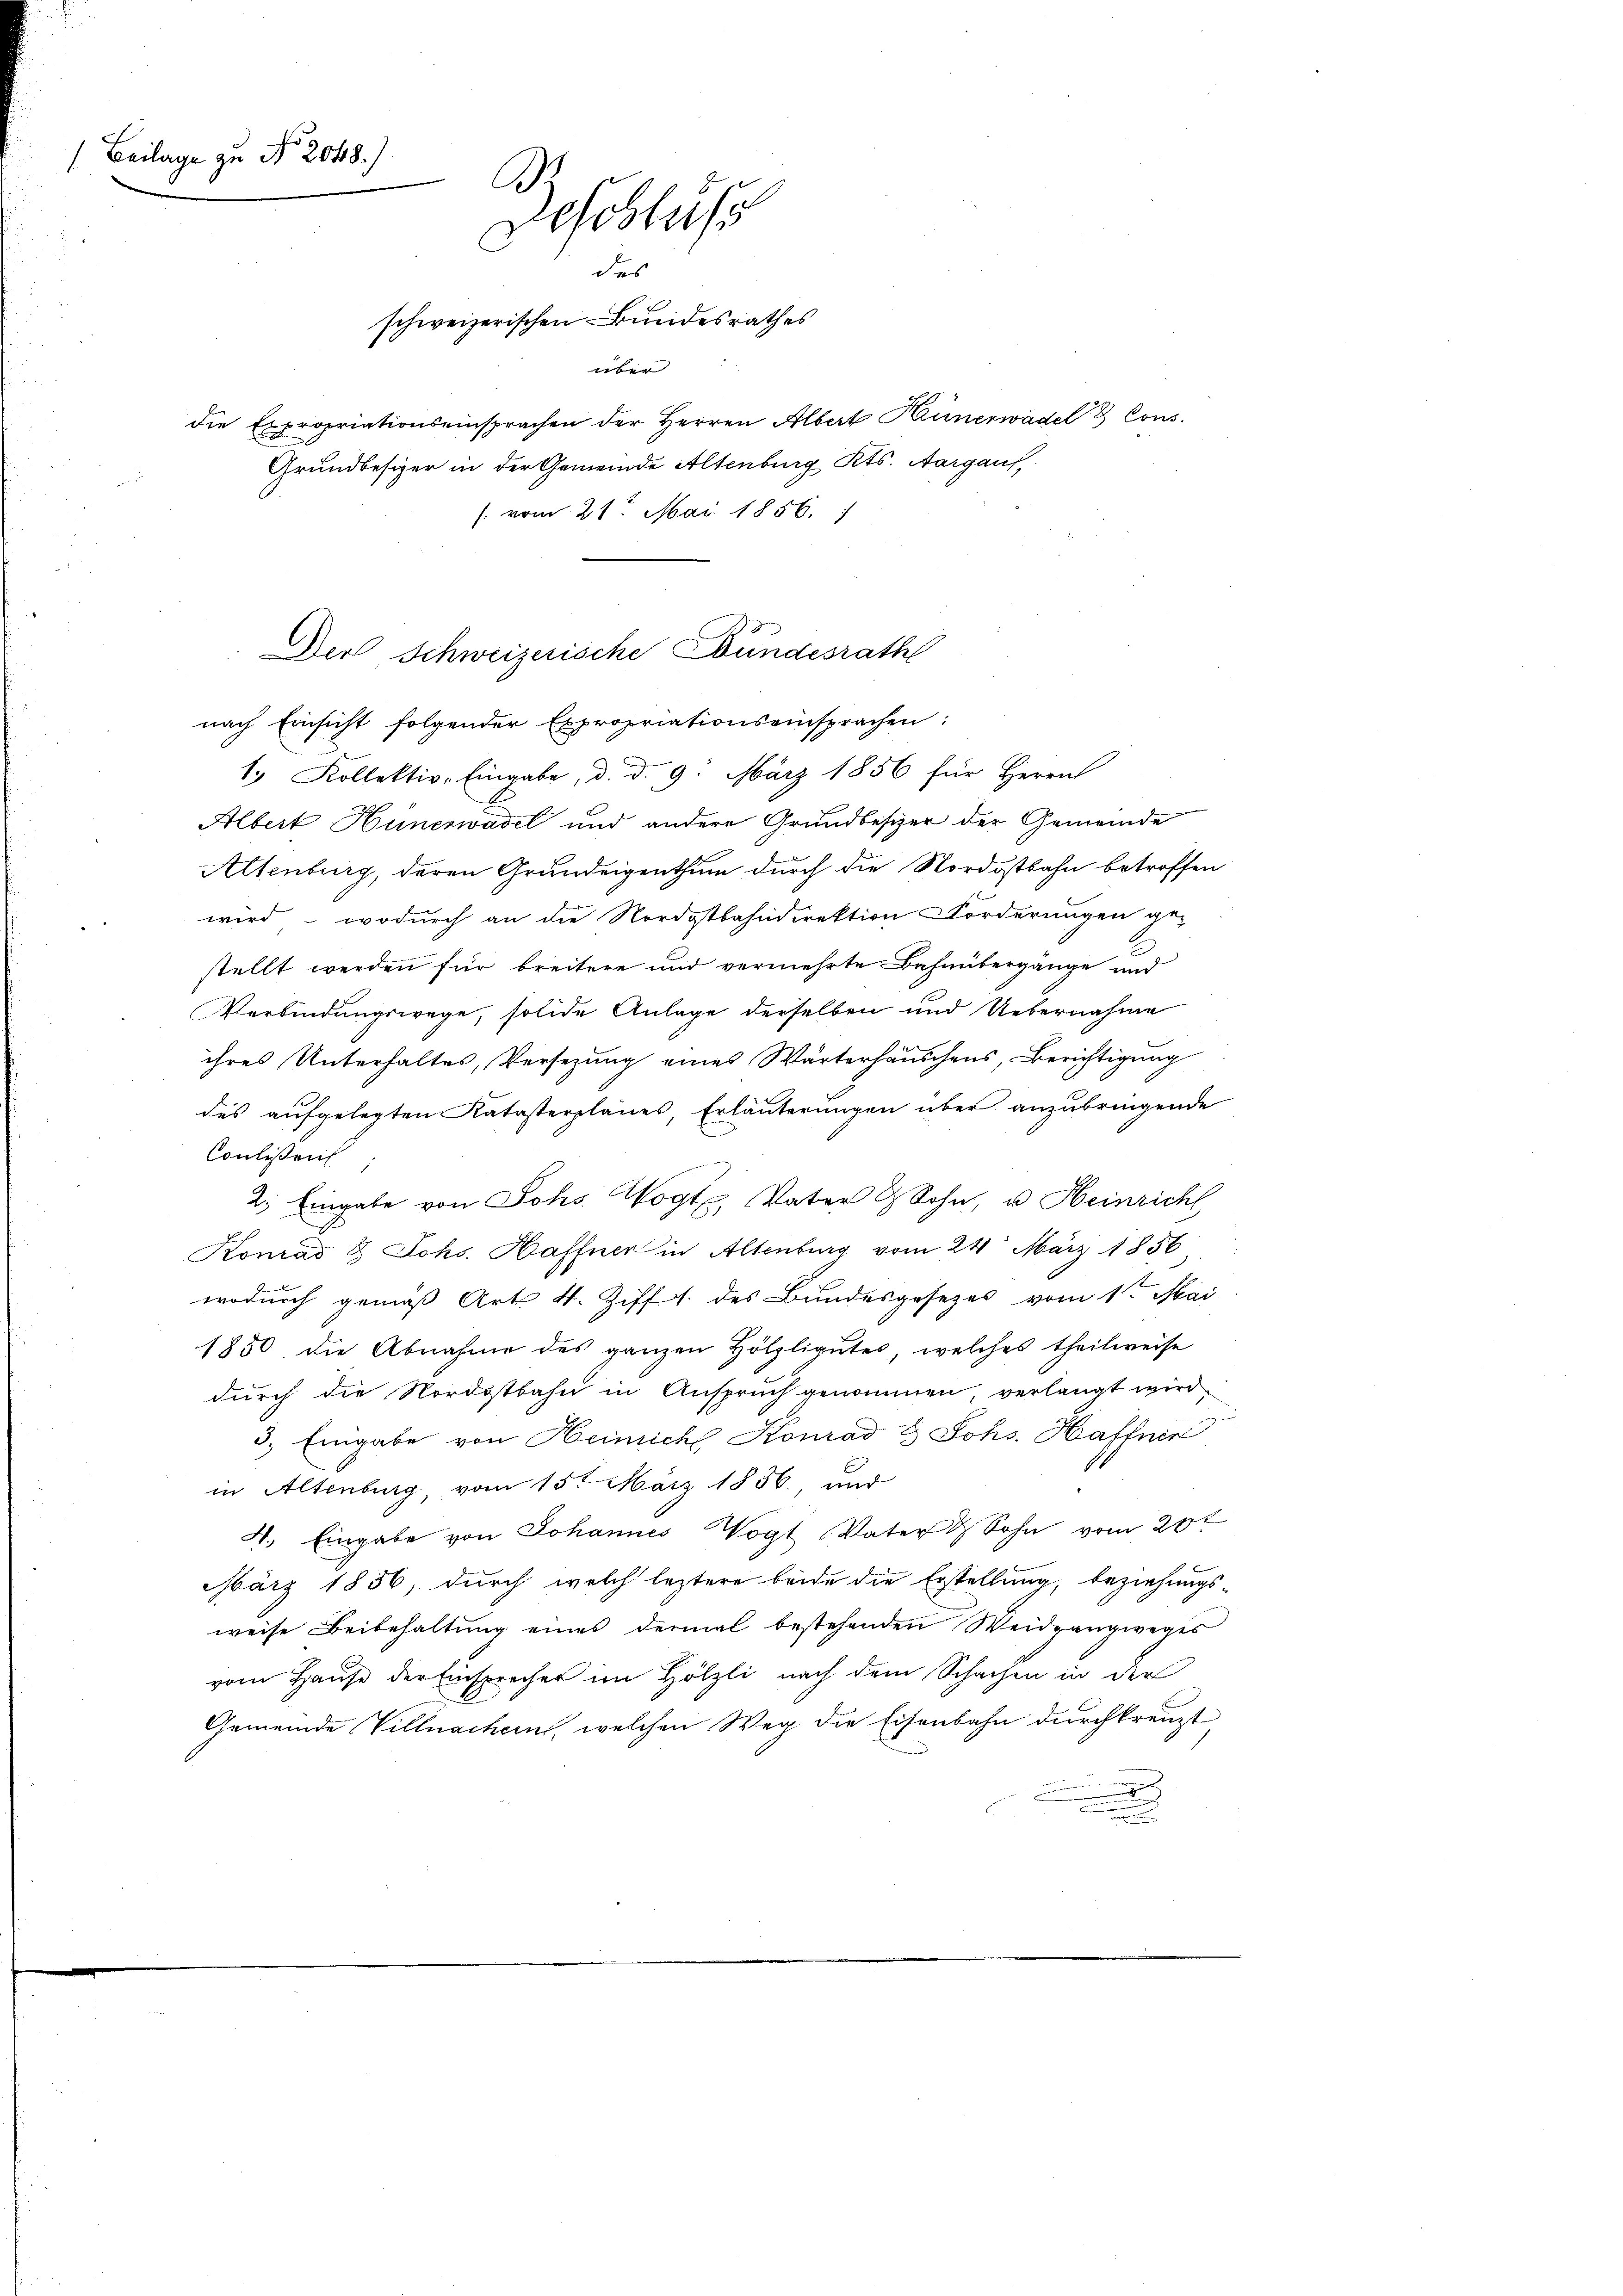
(Beilage zu No 2048.)
S.
Deschluss
des
schweizerischen Bundesrathes

über
die Expropriationseinsprachen der Herren Albert Künerwadel 8 Cons.
Grundbesizer in der Gemeinde Altenburg Kts. Aargaus,
 vom 21. Mai 1856. 1

Albert Hünerwadel und andere Grundbesizer der Gemeinde
Altenburg, deren Grundeigenthum durch die Nordostbahn betroffen
wird - wodurch an die Nordostbahndirektion Forderungen ge-
stellt werden für breitere und vermehrte Bahnübergänge und
Verbindungswege, solide Anlage derselben und Uebernahme
ihres Unterhaltes, Versezung eines Wärterhäuschens, Berichtigung
des aufgelegten Katasterplanes, Erläuterungen über anzubringende
Coulisseits
2. Eingabe von Johs. Wogt, Vater & Sohn, u. Heinricht
Konrad & Johs. Haffner in Altenburg vom 24. März 1856
wodurch gemäß Art. 4. Ziff. des Bundesgesezes vom 1ten Mai
1850 die Abnahme des ganzen Hölzligutes, welches theilweise
durch die Nordostbahn in Anspruch genommen, verlangt wird,
3. Eingabe von Heinicht Konrad & Johs. Haffner
in Altenburg, vom 15t März 1856, und
4. Eingabe von Johannes Vogt Vater & Sohn vom 20t
März 1856, durch welch leztere beide die Erstellung, beziehungsweise Beibehaltung eines dermal bestehenden Weidgangweges
vom Hause der Einsprecher im Hölzli nach dem Schachen in der
Gemeinde Villnachern, welchen Weg die Eisenbahn durchkreuzt,
.

Der Schweizerische Bundesrath
nach Einsicht folgender Expropriationseinsprachen:
1. Kollektiv-Eingabe, d. d. 9. März 1856 für Herrn